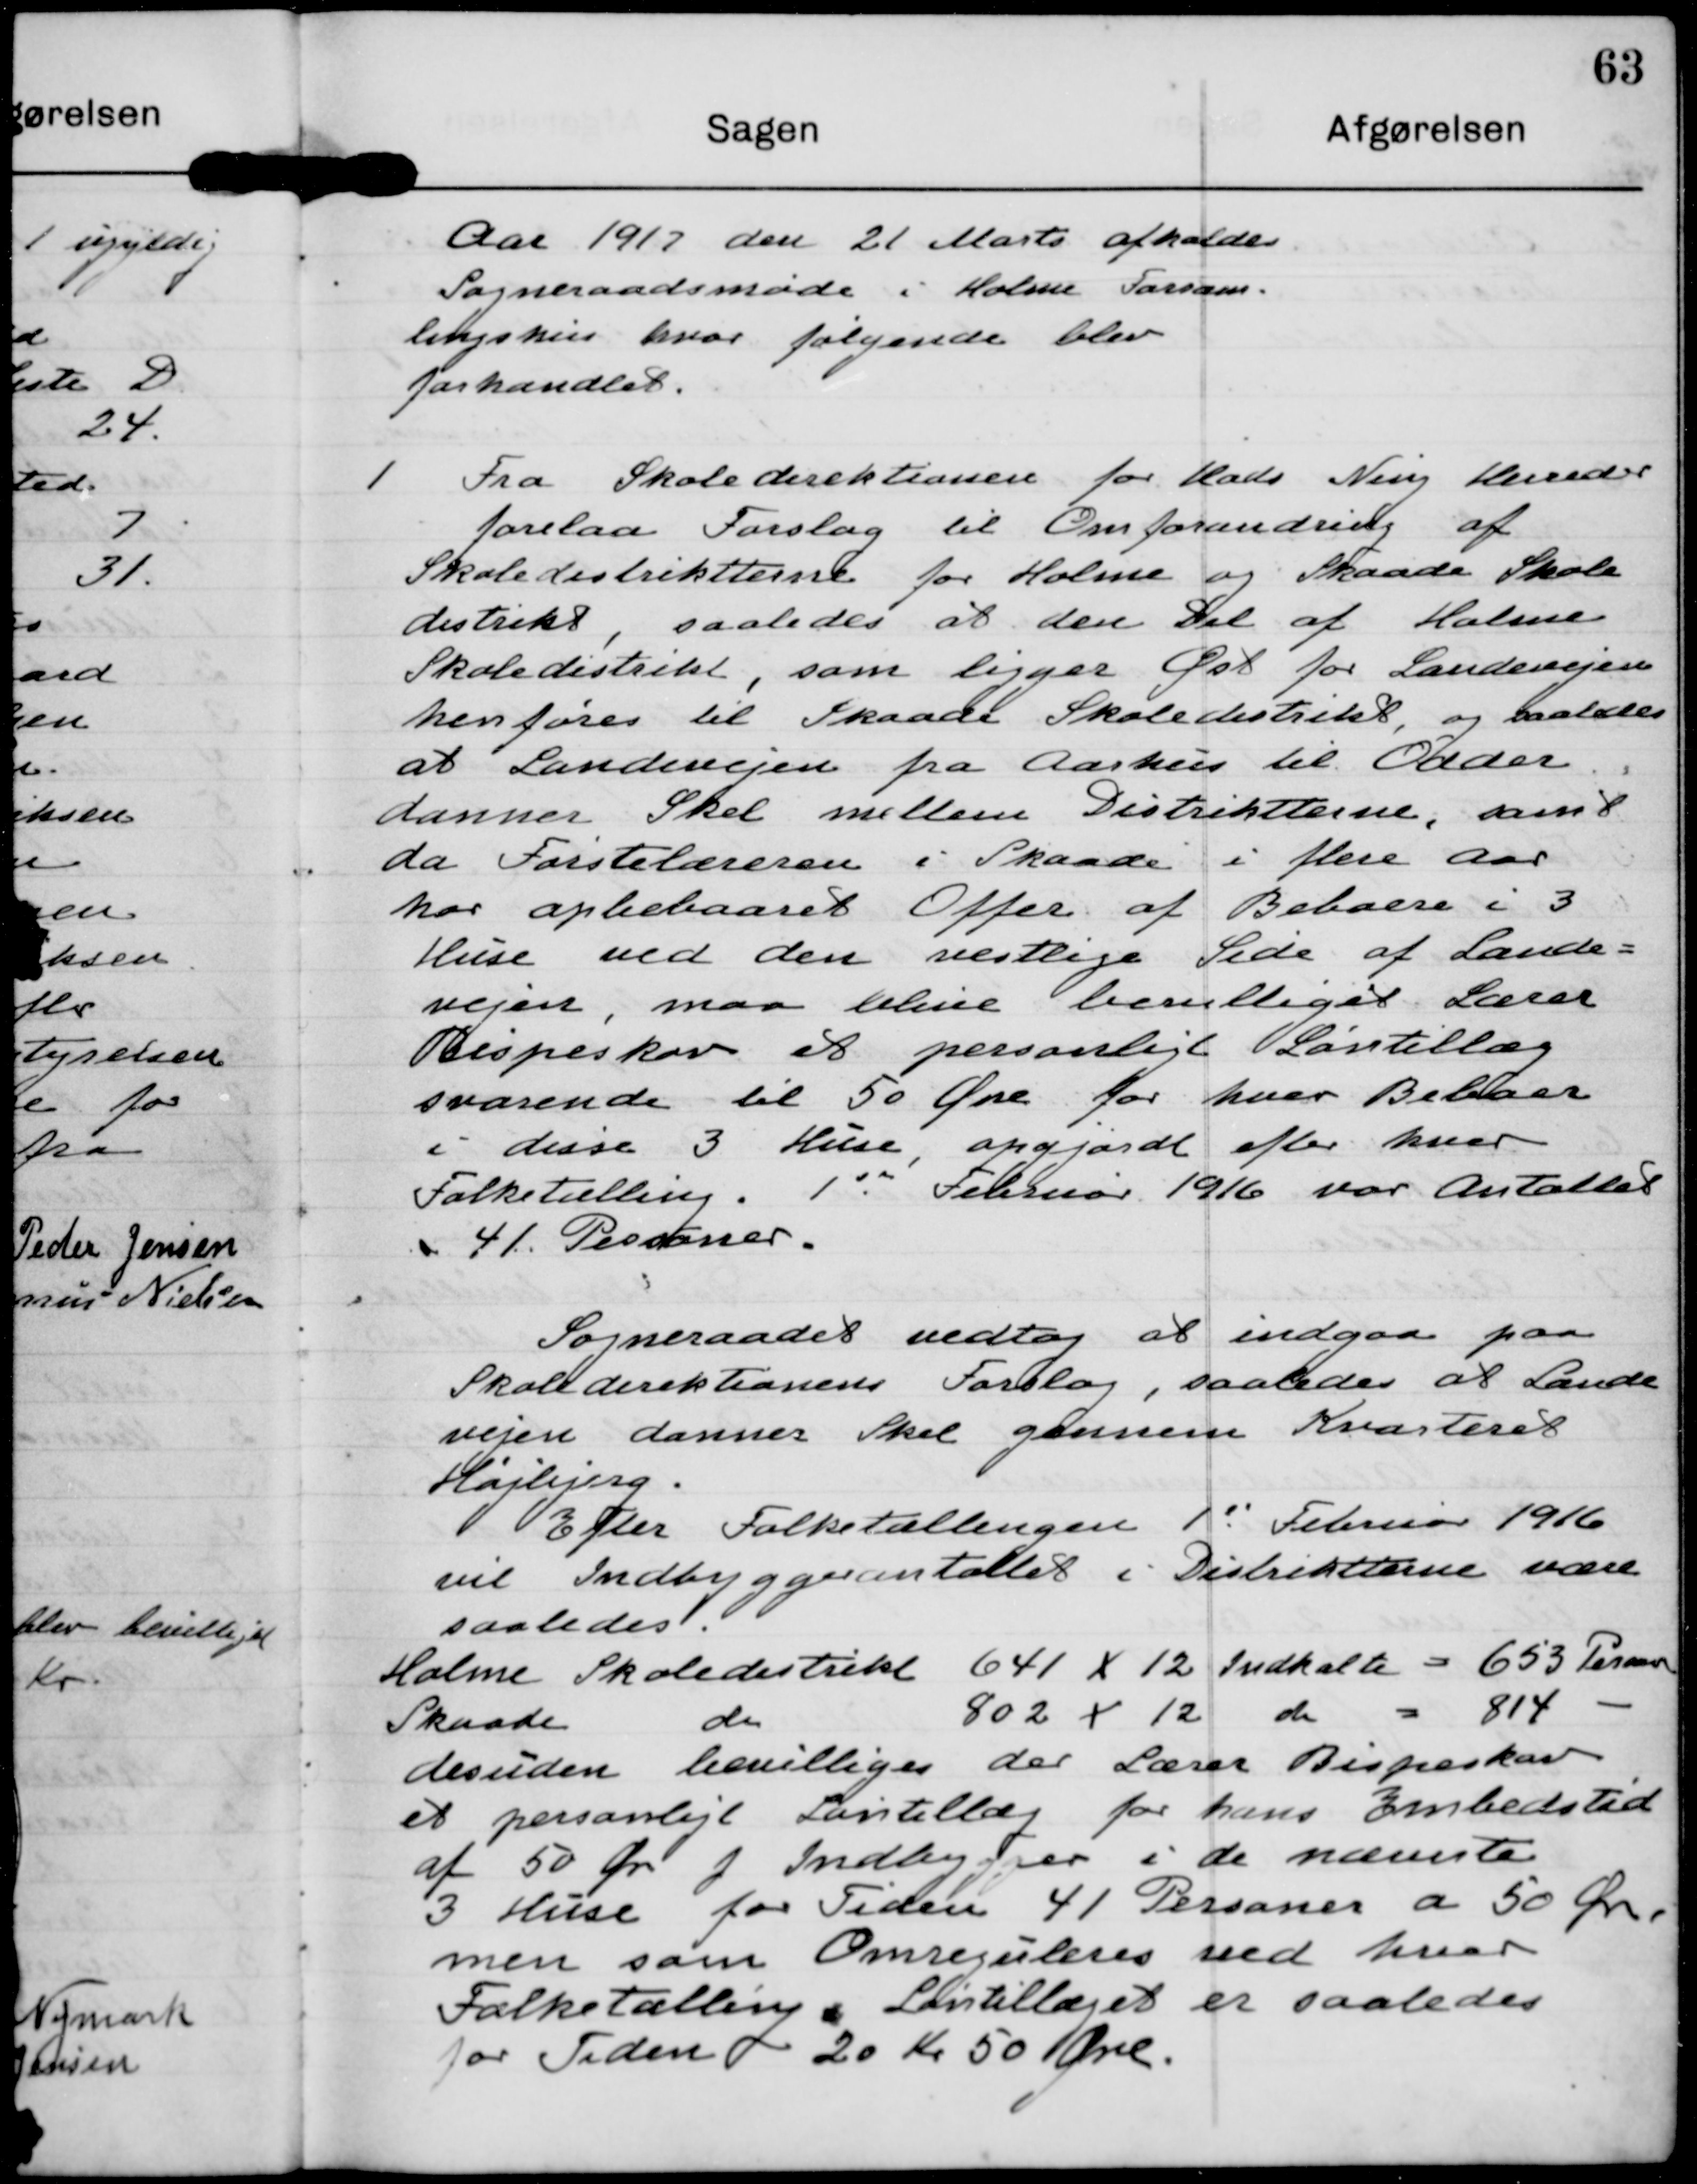
Transskription:
Aar 1917 den 21 Marts afholdes
Sogneraadsmøde i Holme Forsam-
lingshus hvor følgende blev
forhandlet.

1 Fra Skoledirektionen for Hads Ning Herreder
forelaa Forslag til Omforandring af
Skoledistriktterne for Holme og Skaade Skole
distrikt, saaledes at den Del af Holme
Skoledistrikt, som ligger Øst for Landevejen
henføres til Skaade Skoledistrikt, og saaledes
at Landevejen fra Aarhus til Odder
danner Skel mellem Distriktterne, samt
da Førstelæreren i Skaade i flere Aar
har opbebaaret Offer af Beboere i 3
Huse ved den vestlige Side af Lande-
vejen, maa blive bevilliget Lærer
Bispeskov et personligt Løntillæg
svarende til 50 Øre for hver Beboer
i disse 3 Huse, opgjordt efter hver
Folketælling. 1' Februar 1916 var Antallet
41 Personer.

Sogneraadet vedtog at indgaa paa
Skoledirektionens Forslag, saaledes at Lande
vejen danner Skel gennem Kvarteret
Højbjerg.
Efter Folketællingen 1' Februar 1916
vil Indbyggerantallet i Distriktterne være
saaledes.

Holme Skoledistrikt 641 X 12 Indkalte = 653 Personer
Skaade do 802 X 12 do = 814 -
desuden bevilliges der Lærer Bispeskov
et personligt Løntillæg for hans Embedstid
af 50 Øre p Indbygger i de nærmeste
3 Huse for Tiden 41 Personer a 50 Øre
men som Omreguleres ved hver
Folketælling. Løntillæget er saaledes
for Tiden 20 Kr 50 Øre.